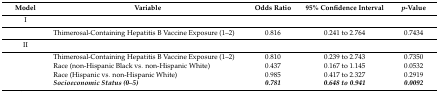
| Model | Variable | Odds Ratio | 95% Confidence Interval | p-Value |
 | --- | --- | --- | --- | --- |
 | I |  |  |  |  |
 |  | Thimerosal-Containing Hepatitis B Vaccine Exposure (1–2) | 0.816 | 0.241 to 2.764 | 0.7434 |
 | II |  |  |  |  |
 |  | Thimerosal-Containing Hepatitis B Vaccine Exposure (1–2) | 0.810 | 0.239 to 2.743 | 0.7350 |
 |  | Race (non-Hispanic Black vs. non-Hispanic White) | 0.437 | 0.167 to 1.145 | 0.0532 |
 |  | Race (Hispanic vs. non-Hispanic White) | 0.985 | 0.417 to 2.327 | 0.2919 |
 |  | Socioeconomic Status (0–5) | 0.781 | 0.648 to 0.941 | 0.0092 |